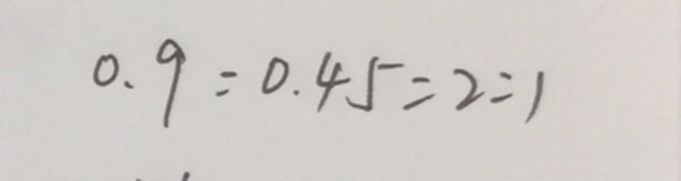
0 . 9 : 0 . 4 5 = 2 : 1